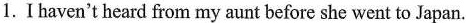
1. I haven^{\prime}t heard from my aunt before she went to Japan.